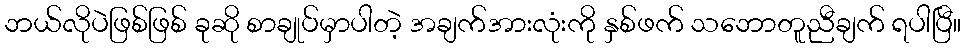
ဘယ်လိုပဲဖြစ်ဖြစ် ခုဆို စာချုပ်မှာပါတဲ့ အချက်အားလုံးကို နှစ်ဖက် သဘောတူညီချက် ရပါပြီ။